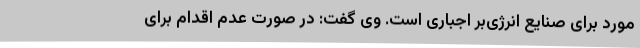
مورد برای صنایع انرژی‌بر اجباری است. وی گفت: در صورت عدم اقدام برای